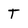
Character: t